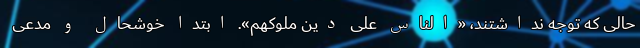
حالی که توجه نداشتند، «الناس علی دین ملوکهم». ابتدا خوشحال و مدعی